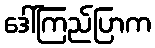
ဒေါ်ကြည်ပြာက